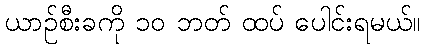
ယာဉ်စီးခကို ၁၀ ဘတ် ထပ် ပေါင်းရမယ်။